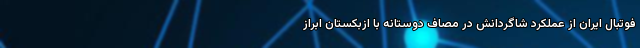
فوتبال ایران از عملکرد شاگردانش در مصاف دوستانه با ازبکستان ابراز